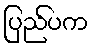
ပြည်ပက